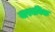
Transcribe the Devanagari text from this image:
वास्वविक